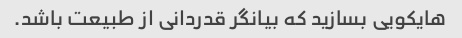
هایکویی بسازید که بیانگر قدردانی از طبیعت باشد.